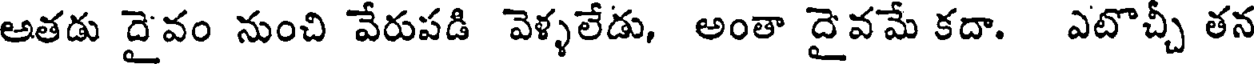
అతడు దైవం నుంచి వేరుపడి వెళ్ళలేడు, అంతా దైవమే కదా. ఎటొచ్చీ తన